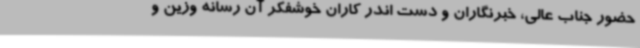
حضور جناب عالی، خبرنگاران و دست اندر کاران خوشفکر آن رسانه وزین و